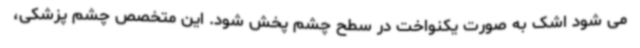
می شود اشک به صورت یکنواخت در سطح چشم پخش شود. این متخصص چشم پزشکی،